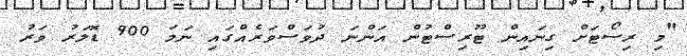
"މި ރިސޯޓަށް ގިނައިން ޓޫރިސްޓުން އަންނަ ދުވަސްވަރެއްގައި ނަމަ 900 ޑޮލަރު ވަރު